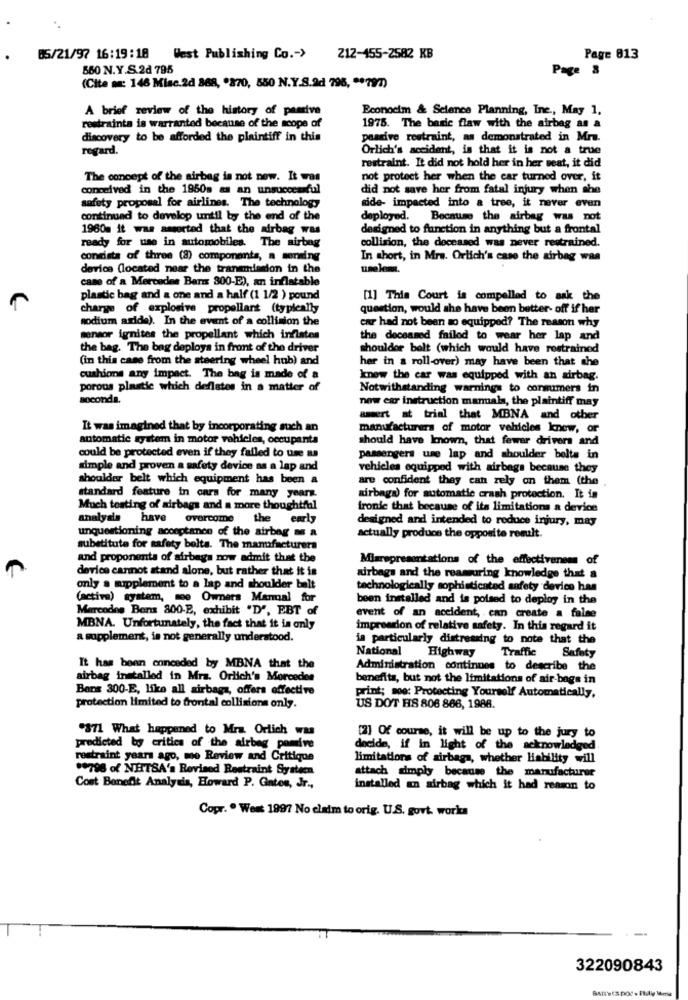
05/21/97 16:19:18
West Publishing Co .- >
212-455-2582 KB
Page 813
660 N.Y.S.2d 795
Page 8
(Cite m: 146 Misc.2d 368, "270, 550 N.Y.S.ad 796, ** 797)
A brief review of the history of passive
Econocim & Science Planning, Inc ., May 1,
restraints is warranted because of the scope of
1975. The basic flaw with the airbag as a
discovery to be afforded the plaintiff in this
paarive restraint, as demonstrated in Mrs.
regard.
Orlich's accident, is that it is not a true
restraint. It did not hold her in her seat, it did
The concept of the airbag is not now. It was
not protect her when the car turned over, it
conceived in the 1950m as an unsuccessful
did not save her from fatal injury when she
safety proposal for airlines. The technology
side- impacted into a tree, it never even
continuad to develop until by the end of the
deployed. Because the airbag was not
1960m it was asserted that the airbag was
designed to function in anything but a frontal
collision, the deceased was never restrained.
ready for use in automobiles. The airbag
consists of three (8) components, a mening
In short, in Mra. Orlich's case the airbag was
device (located near the transmission in the
umelemn.
case of a Mercedes Ban 300-E), an inflatable
plastic bag and a one and a half (1 1/2 ) pound
[1] This Court is compelled to ask the
charge of explosive propellant (typically
question, would she have been better- off if her
sodium aside). In the event of a collision the
car had not been so equipped? The reason why
sensor ignites the propellant which inflates
the deceased failed to wear her lap and
the bag. The bag deploys in front of the driver
shouldor belt (which would have restrained
(in this case from the steering wheel hub) and
her in a roll-over) may have been that she
cushions any impact. The bag is made of a
know the car was equipped with an airbag.
porous plastic which deflates in a matter of
Notwithstanding warnings to conmimers in
soconda,
new car instruction manuals, the plaintiff may
assert at trial that MBNA and other
It was imagined that by incorporating such an
manufacturers of motor vehicles knew, or
automatic system in motor vehicles, occupanta
should have known, that fewer drivers and
could be protected even if they failed to use ma
passengers use lap and shoulder bolts in
simple and proven a safety device as a lap and
vehicles equipped with airbags because they
shoulder belt which equipment has been a
are confident they can rely on them (the
standard feature in cars for many years.
airbaga) for automatic crash protection. It is
Much testing of airbags and a more thoughtful
ironie that because of its limitations a device
analysis have overcome the early
designed and intended to reduce injury, may
unquestioning acceptance of the airbag m a
actually produce the opposite result.
substitute for safety bolts. The manufacturers
and proponents of airbags now admit that the
Misrepresentations of the effectiveness of
device cannot stand alone, but rather that it is
airbags and the reassuring knowledge that a
only a mipplement to a lap and shoulder balt
technologically sophisticated safety device has
(activa) system, moe Owners Marmal for
been installed and is poised to deploy in the
Marcodes Bons 800-B, exhibit "D", EBT of
event of an accident, . can create a false
MBNA. Unfortunately, the fact that it in only
impression of relative safety. In this regard it
a supplement, is not generally understood.
is particularly distressing to note that the
National
Highway
Traffic Safety
It has been conceded by MBNA that the
Administration continues to describe the
airbag installed in Mra. Orlich's Mercedes
benefits, but not the limitations of air-bags in
Bers 300-E, like all airbags, offers effective
print; moo: Protecting Yourself Automatically,
protection limited to frontal collisions only.
US DOT HS 806 866, 1988.
"871 What happened to Mrs. Orlich was
[2] Of course, it will be up to the jury to
predicted by critica of the airbag pomive
decide, if in light of the acknowledged
restraint years ago, me Review and Critique
limitations of airbags, whether liability will
** 796 of NHTSA's Revised Restraint Systern
attach simply because the manufacturer
Cost Benefit Analysis, Howard P. Gntos, Jr .,
installed an airbag which it had reason to
Copr. . Went 1997 No claim to orig. U.S. govt. works
--
322090843